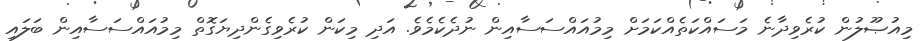
މިއުޞޫލުން ކުރެވިދާނެ މަސައްކަތެއްކަމަށް މިމުއައްސަސާއިން ނުދެކެމެވެ. އަދި މިކަން ކުރެވިގެންދިޔަގޮތް މިމުއައްސަސާއިން ބަލައި